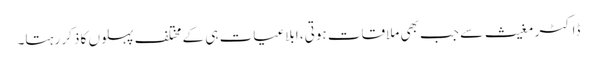
ڈاکٹر مغیث سے جب بھی ملاقات ہوتی، ابلاغیات ہی کے مختلف پہلوں کا ذکر رہتا۔